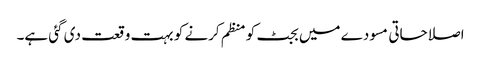
اصلاحاتی مسودے میں بجٹ کو منظم کرنے کو بہت وقعت دی گئی ہے۔